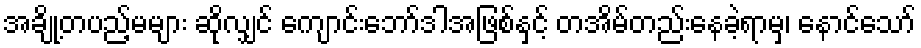
အချို့တပည့်မများ ဆိုလျှင် ကျောင်းဘော်ဒါအဖြစ်နှင့် တအိမ်တည်းနေခဲ့ရာမှ၊ နောင်သော်